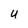
Character: U